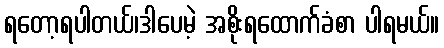
ရတော့ရပါတယ်၊ဒါပေမဲ့ အစိုးရထောက်ခံစာ ပါရမယ်။